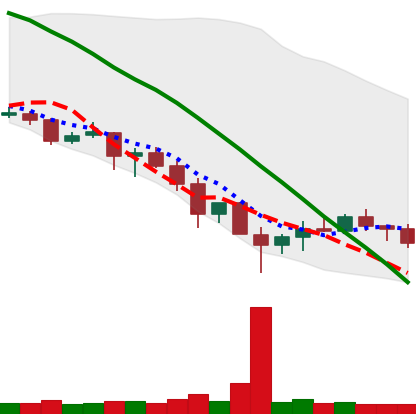
Ticker: XRP-USD
Chart end date: 2019-12-02
Forward return: 4.037%
Label: up_3_5